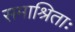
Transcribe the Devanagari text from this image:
समाश्रिताः